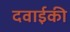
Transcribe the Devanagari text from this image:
दवाईकी